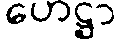
ဟေဋ္ဌာ